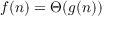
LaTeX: f ( n ) = \Theta ( g ( n ) )